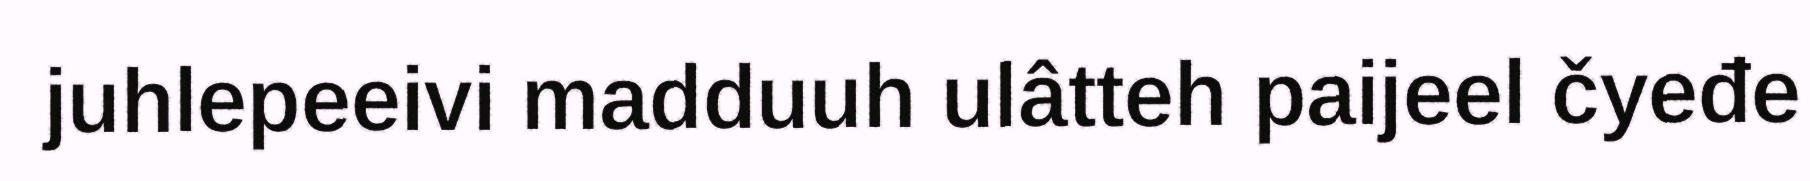
juhlepeeivi madduuh ulâtteh paijeel čyeđe